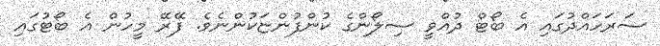
ސަރަހައްދުގައި އެ ބޯޓް ދުއްވީ ސިލޯންގެ ކުންފުންޏަކުންނެވެ. ފޭރޭ މީހުން އެ ބޯޓުގައި